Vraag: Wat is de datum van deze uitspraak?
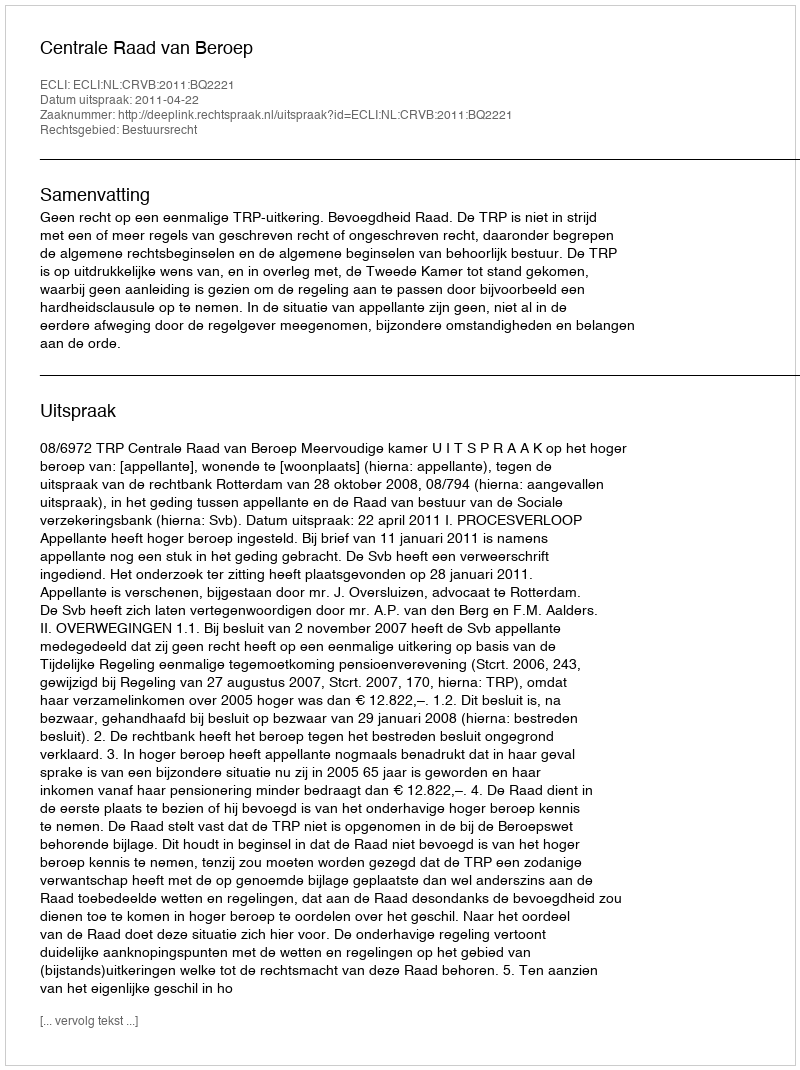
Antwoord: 2011-04-22